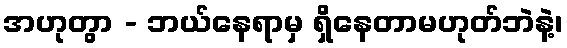
အဟုတွာ - ဘယ်နေရာမှ ရှိနေတာမဟုတ်ဘဲနဲ့၊